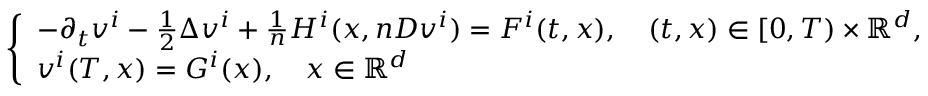
\begin{array} { r } { \left\{ \begin{array} { l l } { - \partial _ { t } v ^ { i } - \frac 1 2 \Delta v ^ { i } + \frac { 1 } { n } H ^ { i } ( x , n D v ^ { i } ) = F ^ { i } ( t , x ) , \quad ( t , x ) \in [ 0 , T ) \times { \mathbb R } ^ { d } , } \\ { v ^ { i } ( T , x ) = G ^ { i } ( x ) , \quad x \in { \mathbb R } ^ { d } } \end{array} \right. } \end{array}